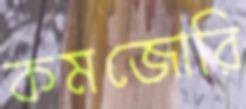
কমজোরি